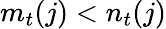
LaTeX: m_{t}(j)<n_{t}(j)